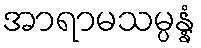
အာရာမသမ္ပန္နံ